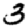
Digit: 3